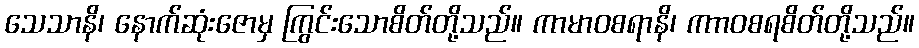
သေသာနိ၊ နောက်ဆုံးဇောမှ ကြွင်းသောစိတ်တို့သည်။ ကာမာဝစရာနိ၊ ကာာဝစရစိတ်တို့သည်။